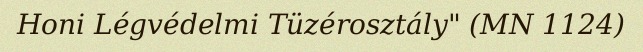
Honi Légvédelmi Tüzérosztály" (MN 1124)